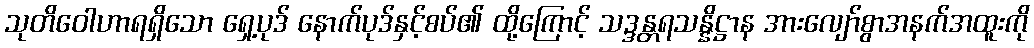
သုတိဝေါဟာရရှိသော ရှေ့ပုဒ် နောက်ပုဒ်နှင့်စပ်၏ ထို့ကြောင့် သဒ္ဒန္တရသန္နိဋ္ဌာန အားလျော်စွာအနက်အထူးကို